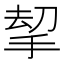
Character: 𢭋